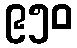
၉၅၀